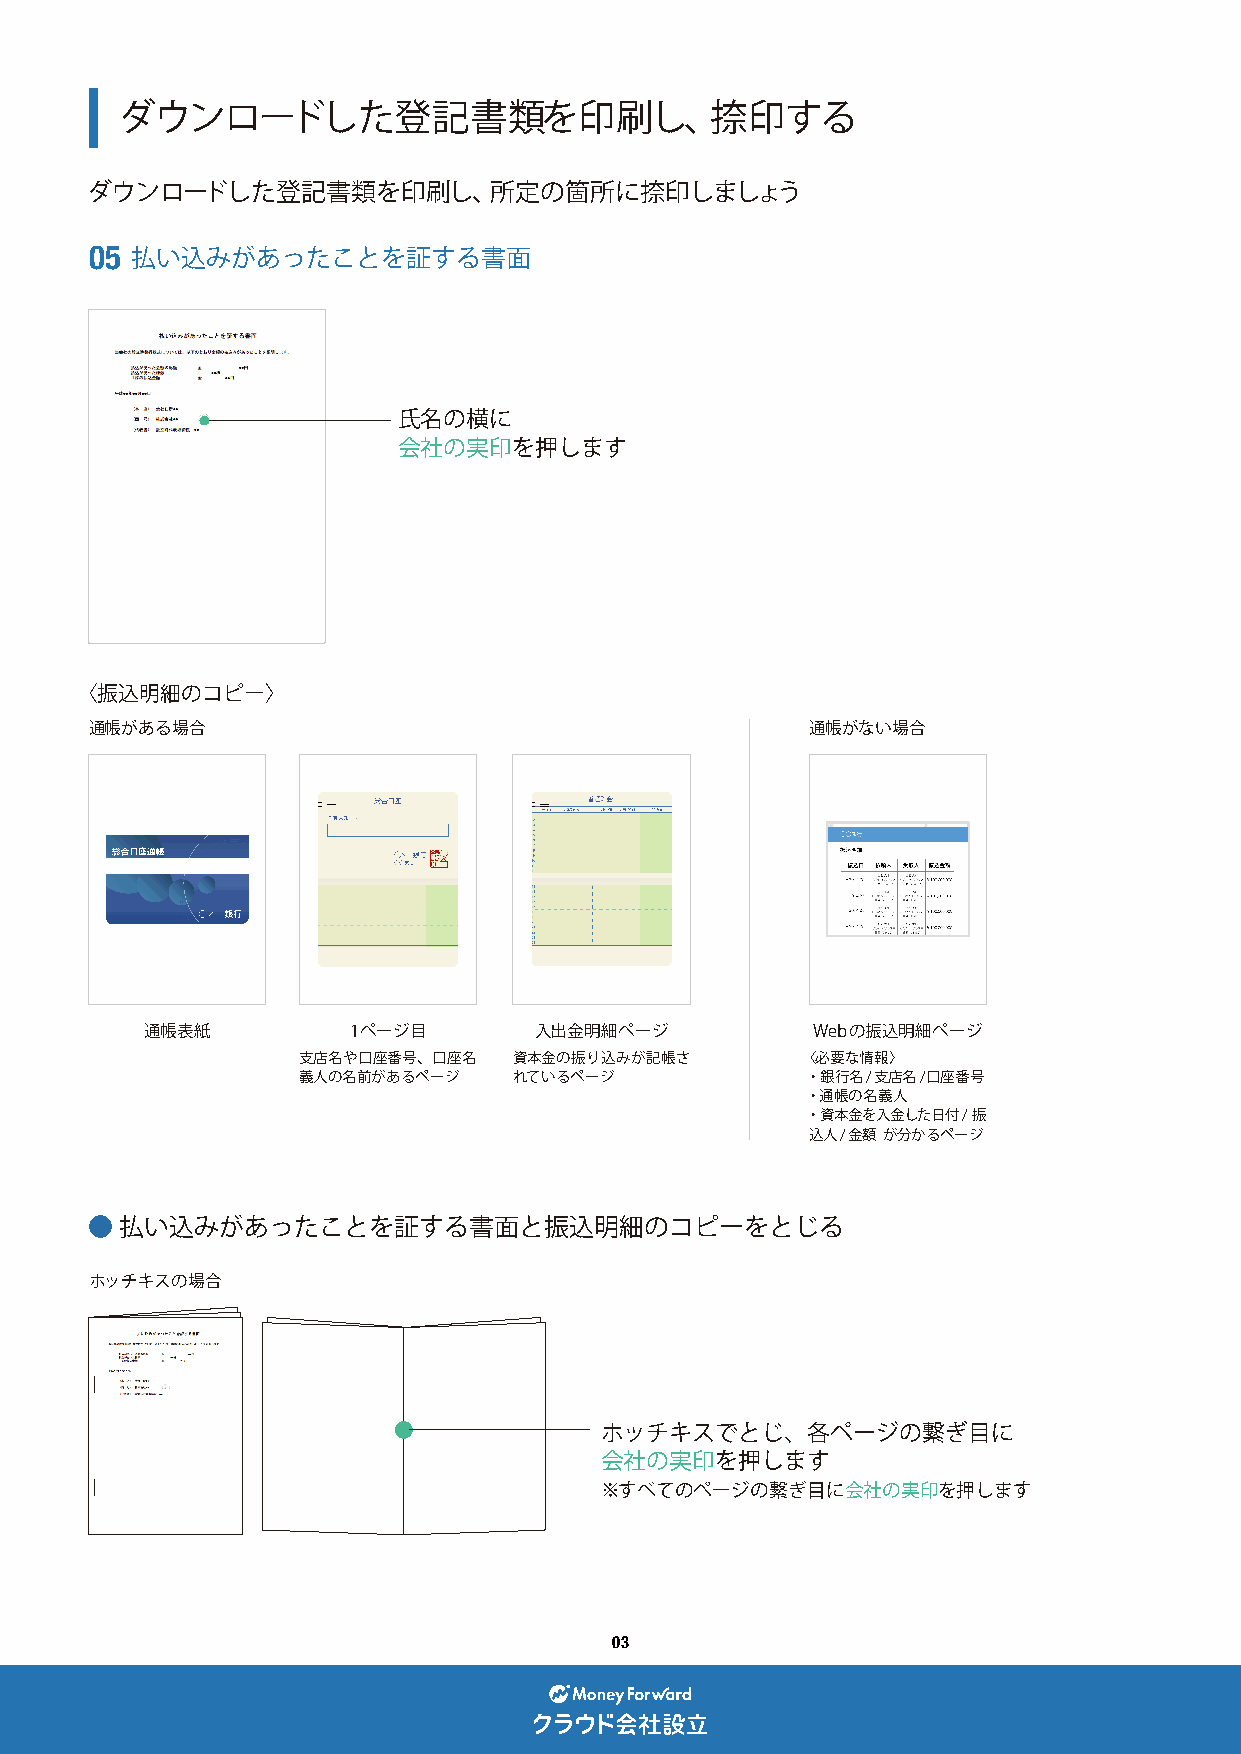
ダウンロードした登記書類を印刷し、捺印する
 ダウンロードした登記書類を印刷し、所定の箇所に捺印しましょう
 05 払い込みがあったことを証する書面
 氏名の横に
 会社の実印を押します
 〈振込明細のコピー〉
 通帳がある場合                                         通帳がない場合
 通帳表紙         1ページ目       入出金明細ページ           Webの振込明細ページ
 支店名や口座番号、口座名  資本金の振り込みが記帳さ       〈必要な情報〉
 義人の名前があるページ   れているページ            ・銀行名/支店名/口座番号
 ・通帳の名義人
 ・資本金を入金した日付/振
 込人 / 金額 が分かるページ
 ● 払い込みがあったことを証する書面と振込明細のコピーをとじる
 ホッチキスの場合
 ホッチキスでとじ、各ページの繋ぎ目に
 会社の実印を押します
 ※すべてのページの繋ぎ目に会社の実印を押します
 03